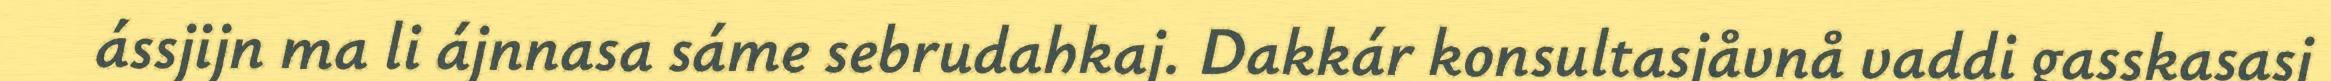
ássjijn ma li ájnnasa sáme sebrudahkaj. Dakkár konsultasjåvnå vaddi gasskasasj